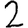
Digit: 2